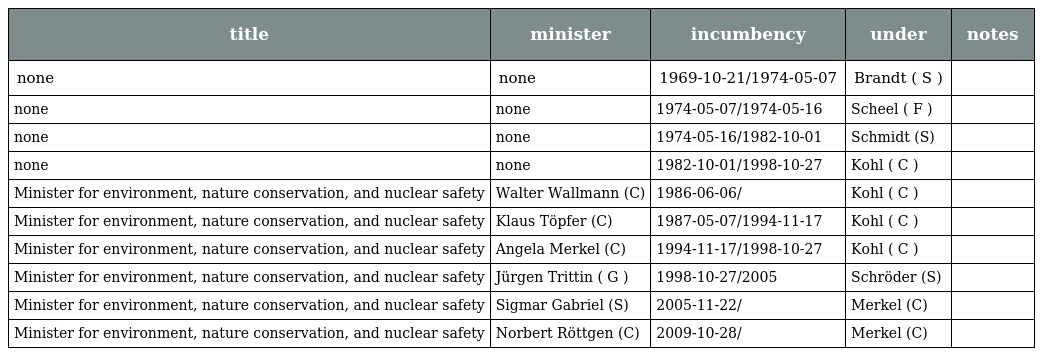
| title | minister | incumbency | under | notes |
 | --- | --- | --- | --- | --- |
 | none | none | 1969-10-21/1974-05-07 | Brandt ( S ) |  |
 | none | none | 1974-05-07/1974-05-16 | Scheel ( F ) |  |
 | none | none | 1974-05-16/1982-10-01 | Schmidt (S) |  |
 | none | none | 1982-10-01/1998-10-27 | Kohl ( C ) |  |
 | Minister for environment, nature conservation, and nuclear safety | Walter Wallmann (C) | 1986-06-06/ | Kohl ( C ) |  |
 | Minister for environment, nature conservation, and nuclear safety | Klaus Töpfer (C) | 1987-05-07/1994-11-17 | Kohl ( C ) |  |
 | Minister for environment, nature conservation, and nuclear safety | Angela Merkel (C) | 1994-11-17/1998-10-27 | Kohl ( C ) |  |
 | Minister for environment, nature conservation, and nuclear safety | Jürgen Trittin ( G ) | 1998-10-27/2005 | Schröder (S) |  |
 | Minister for environment, nature conservation, and nuclear safety | Sigmar Gabriel (S) | 2005-11-22/ | Merkel (C) |  |
 | Minister for environment, nature conservation, and nuclear safety | Norbert Röttgen (C) | 2009-10-28/ | Merkel (C) |  |